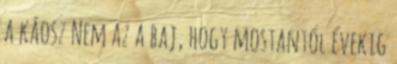
a káosz Nem az a baj, hogy mostantól évekig